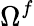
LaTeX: \Omega^{f}